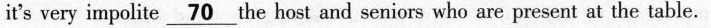
it's very impolite \underline{70} the host and seniors who are present at the table.